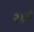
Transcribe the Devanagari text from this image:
२४मे